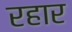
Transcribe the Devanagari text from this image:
रहार